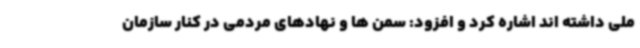
ملی داشته اند اشاره کرد و افزود: سمن ها و نهادهای مردمی در کنار سازمان